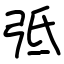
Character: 弤